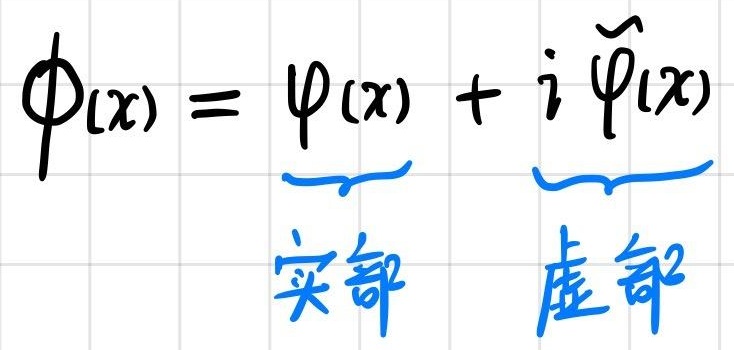
\[
\phi(x) = \underbrace{\varphi(x)}_{\text{实部}} + i\underbrace{\tilde{\varphi}(x)}_{\text{虚部}}
\]